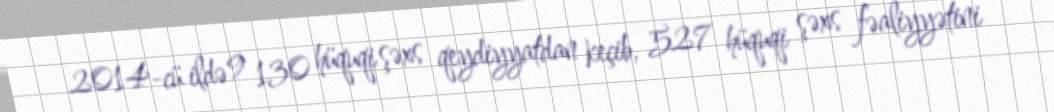
2014-cü ildə 9 130 hüquqi şəxs qeydiyyatdan keçib, 527 hüquqi şəxs fəaliyyətini